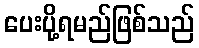
ပေးပို့ရမည်ဖြစ်သည်